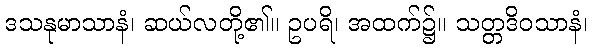
ဒသနုမာသာနံ၊ ဆယ်လတို့၏။ ဥပရိ၊ အထက်၌။ သတ္တဒိဝသာနံ၊